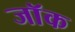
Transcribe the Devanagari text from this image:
जाॅक